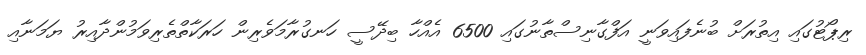
ރިޕޯޓުގައި އިތުރަށް ބުނެފައިވަނީ އަފްގާނިސްތާނުގައި 6500 އެއްހާ ބިދޭސީ ހަނގުރާމަވެރިން ހަރަކާތްތެރިވަމުންދާއިރު ޔަމަނާއި